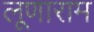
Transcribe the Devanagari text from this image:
लूणाराम